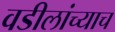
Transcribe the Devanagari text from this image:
वडीलांच्याच